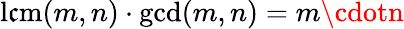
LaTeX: \operatorname{l\mathfrak{c}m}(m,n)\cdot\gcd(m,n)=m\cdotn